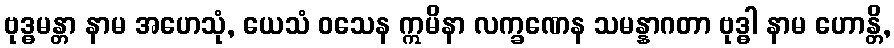
ဗုဒ္ဓမန္တာ နာမ အဟေသုံ, ယေသံ ဝသေန ဣမိနာ လက္ခဏေန သမန္နာဂတာ ဗုဒ္ဓါ နာမ ဟောန္တိ,